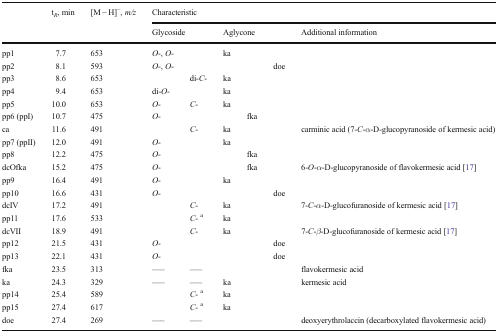
<table><thead><tr><td rowspan="2"></td><td rowspan="2"><b>t<sub><i>R</i></sub>, min</b></td><td rowspan="2"><b>[M − H]<sup>−</sup>, <i>m/z</i></b></td><td colspan="6"><b>Characteristic</b></td></tr><tr><td colspan="2"><b>Glycoside</b></td><td colspan="3"><b>Aglycone</b></td><td><b>Additional information</b></td></tr></thead><tbody><tr><td>pp1</td><td>7.7</td><td>653</td><td><i>O</i>-, <i>O</i>-</td><td></td><td>ka</td><td></td><td></td><td></td></tr><tr><td>pp2</td><td>8.1</td><td>593</td><td><i>O</i>-, <i>O</i>-</td><td></td><td></td><td></td><td>doe</td><td></td></tr><tr><td>pp3</td><td>8.6</td><td>653</td><td></td><td>di-<i>C</i>-</td><td>ka</td><td></td><td></td><td></td></tr><tr><td>pp4</td><td>9.4</td><td>653</td><td>di-<i>O</i>-</td><td></td><td>ka</td><td></td><td></td><td></td></tr><tr><td>pp5</td><td>10.0</td><td>653</td><td><i>O</i>-</td><td><i>C</i>-</td><td>ka</td><td></td><td></td><td></td></tr><tr><td>pp6 (ppI)</td><td>10.7</td><td>475</td><td><i>O</i>-</td><td></td><td></td><td>fka</td><td></td><td></td></tr><tr><td>ca</td><td>11.6</td><td>491</td><td></td><td><i>C</i>-</td><td>ka</td><td></td><td></td><td>carminic acid (7-<i>C</i>-<i>α</i>-D-glucopyranoside of kermesic acid)</td></tr><tr><td>pp7 (ppII)</td><td>12.0</td><td>491</td><td><i>O</i>-</td><td></td><td>ka</td><td></td><td></td><td></td></tr><tr><td>pp8</td><td>12.2</td><td>475</td><td><i>O</i>-</td><td></td><td></td><td>fka</td><td></td><td></td></tr><tr><td>dcOfka</td><td>15.2</td><td>475</td><td><i>O</i>-</td><td></td><td></td><td>fka</td><td></td><td>6-<i>O</i>-<i>α</i>-D-glucopyranoside of flavokermesic acid [17]</td></tr><tr><td>pp9</td><td>16.4</td><td>491</td><td><i>O</i>-</td><td></td><td>ka</td><td></td><td></td><td></td></tr><tr><td>pp10</td><td>16.6</td><td>431</td><td><i>O</i>-</td><td></td><td></td><td></td><td>doe</td><td></td></tr><tr><td>dcIV</td><td>17.2</td><td>491</td><td></td><td><i>C</i>-</td><td>ka</td><td></td><td></td><td>7-<i>C</i>-<i>α</i>-D-glucofuranoside of kermesic acid [17]</td></tr><tr><td>pp11</td><td>17.6</td><td>533</td><td></td><td><i>C</i>- <sup>a</sup></td><td>ka</td><td></td><td></td><td></td></tr><tr><td>dcVII</td><td>18.9</td><td>491</td><td></td><td><i>C</i>-</td><td>ka</td><td></td><td></td><td>7-<i>C</i>-<i>β</i>-D-glucofuranoside of kermesic acid [17]</td></tr><tr><td>pp12</td><td>21.5</td><td>431</td><td><i>O</i>-</td><td></td><td></td><td></td><td>doe</td><td></td></tr><tr><td>pp13</td><td>22.1</td><td>431</td><td><i>O</i>-</td><td></td><td></td><td></td><td>doe</td><td></td></tr><tr><td>fka</td><td>23.5</td><td>313</td><td>–––</td><td>–––</td><td></td><td></td><td></td><td>flavokermesic acid</td></tr><tr><td>ka</td><td>24.3</td><td>329</td><td>–––</td><td>–––</td><td>ka</td><td></td><td></td><td>kermesic acid</td></tr><tr><td>pp14</td><td>25.4</td><td>589</td><td></td><td><i>C</i>- <sup>a</sup></td><td>ka</td><td></td><td></td><td></td></tr><tr><td>pp15</td><td>27.4</td><td>617</td><td></td><td><i>C</i>- <sup>a</sup></td><td>ka</td><td></td><td></td><td></td></tr><tr><td>doe</td><td>27.4</td><td>269</td><td>–––</td><td>–––</td><td></td><td></td><td></td><td>deoxyerythrolaccin (decarboxylated flavokermesic acid)</td></tr></tbody></table>